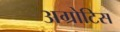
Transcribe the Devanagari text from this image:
अग्रोटिस